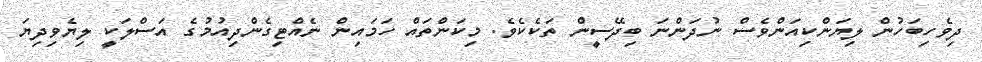
ދިވެހިބަހުން ލިޔަންކިއަންވެސް ނުދަންނަ ބިދޭސީން ތަކެކެވެ. މިކަންތައް ހަމައިން ނެއްޓިގެންދިއުމުގެ އަސްލަކީ ލިޔެވިދިޔަ